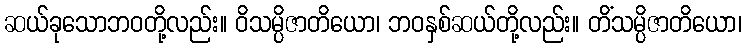
ဆယ်ခုသောဘဝတို့လည်း။ ဝိသမ္ပိဇာတိယော၊ ဘဝနှစ်ဆယ်တို့လည်း။ တိံသမ္ပိဇာတိယော၊